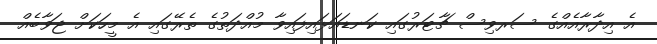
އެ އިދާރާއެއްގެ ސަރވިސް ޗާޓަރުގައި ކަނޑައަޅައިފައިވާ މުއްދަތުގެ ތެރޭގައި އެ މީހަކަށް ޖަވާބެއް